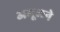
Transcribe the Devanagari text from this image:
अमूलने